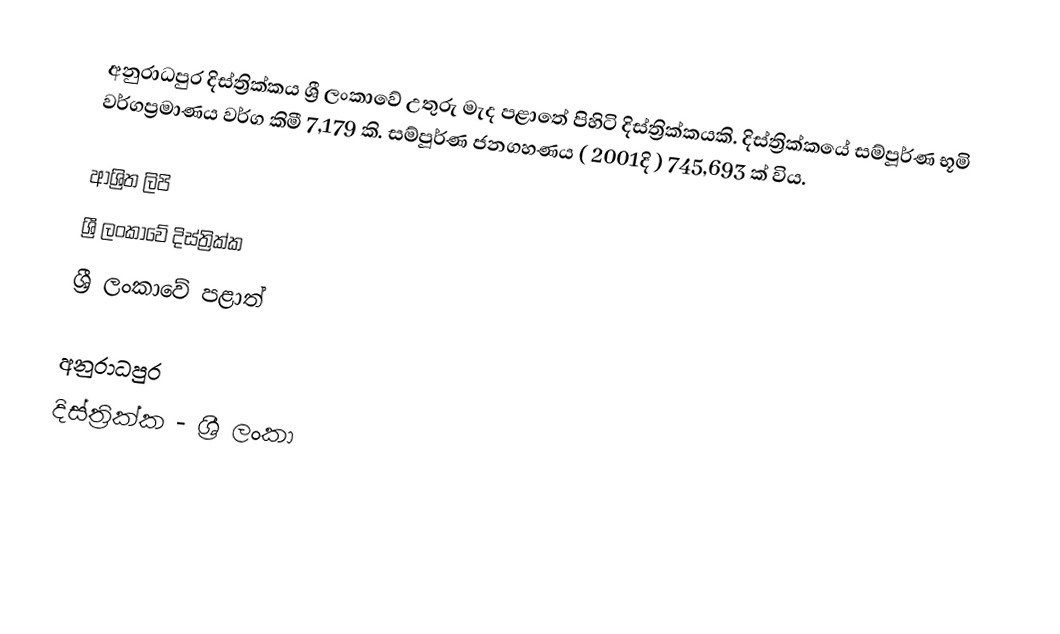
අනුරාධපුර දිස්ත්‍රික්කය ශ්‍රී ලංකාවේ උතුරු මැද පළාතේ පිහිටි දිස්ත්‍රික්කයකි. දිස්ත්‍රික්කයේ සම්පූර්ණ භූමි වර්ගප්‍රමාණය වර්ග කිමී 7,179 කි. සම්පූර්ණ ජනගහණය ( 2001දි ) 745,693 ක් විය.

ආශ්‍රිත ලිපි
ශ්‍රී ලංකාවේ දිස්ත්‍රික්ක
ශ්‍රී ලංකාවේ පළාත්

අනුරාධපුර
දිස්ත්‍රික්ක - ශ්‍රී ලංකා